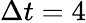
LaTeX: \Delta t=4